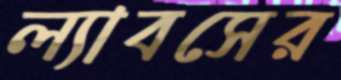
ল্যাবসের